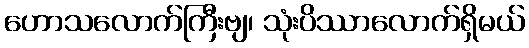
ဟောသလောက်ကြီးဗျ၊ သုံးပိဿာလောက်ရှိမယ်